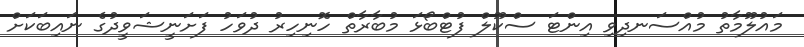
މައުލޫމާތު މުއްސަނދިވި އިންޓަ ސްކޫލް ފުޓްބޯޅަ މުބާރާތް ހޮނިހިރު ދުވަހު ފަށަނީޝަވީދުގެ ނައިބަކަށް